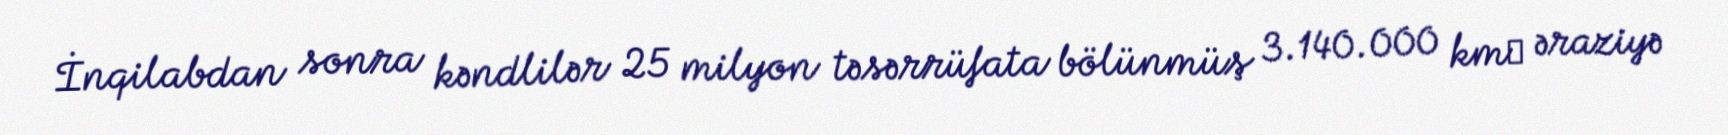
İnqilabdan sonra kəndlilər 25 milyon təsərrüfata bölünmüş 3.140.000 km² əraziyə